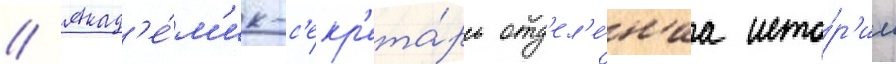
// Акад'е́м'ик-с'екр'ета́рь отд'ел'е́н'иа исто́р'ии